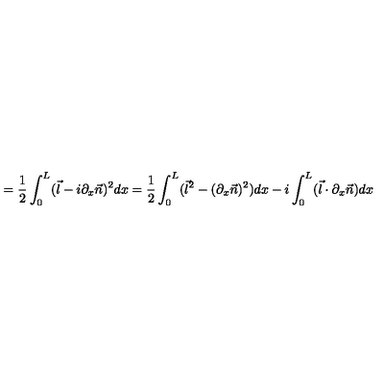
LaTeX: = \frac { 1 } { 2 } \int _ { 0 } ^ { L } ( \vec { l } - i \partial _ { x } \vec { n } ) ^ { 2 } d x = \frac { 1 } { 2 } \int _ { 0 } ^ { L } ( \vec { l } ^ { 2 } - ( \partial _ { x } \vec { n } ) ^ { 2 } ) d x - i \int _ { 0 } ^ { L } ( \vec { l } \cdot \partial _ { x } \vec { n } ) d x